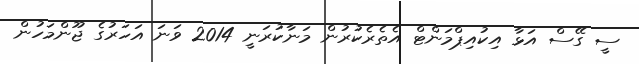
ސީ ގޭސް އަޅާ އިކުއިޕްމަންޓް އެތެރެކުރުން މަނާކުރަނީ 2014 ވަނަ އަހަރުގެ ޖޫންމަހުން